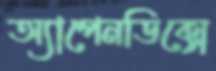
অ্যাপেনডিক্সে